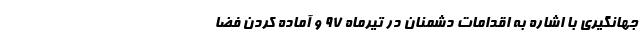
جهانگیری با اشاره به اقدامات دشمنان در تیرماه ۹۷ و آماده کردن فضا